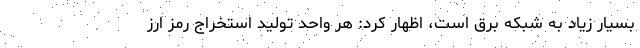
بسیار زیاد به شبکه برق است، اظهار کرد: هر واحد تولید استخراج رمز ارز